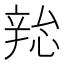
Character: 𫐜